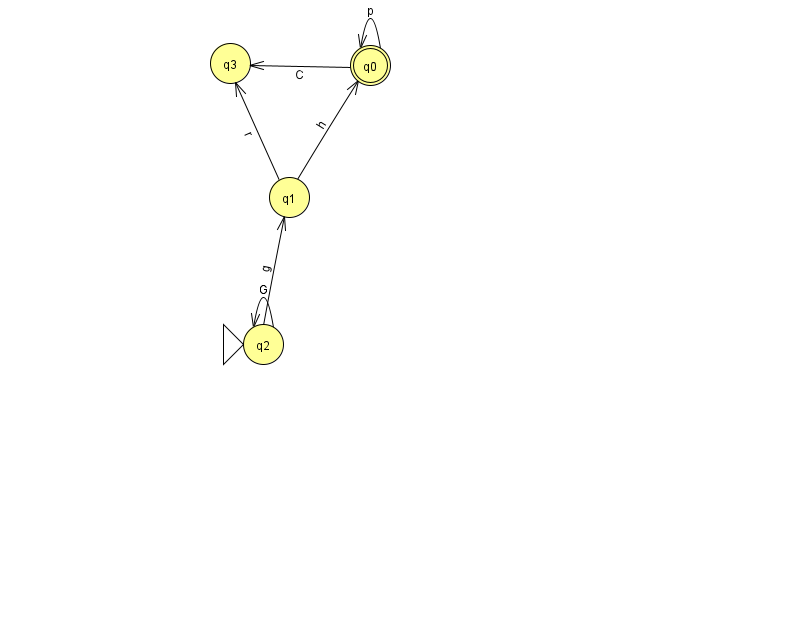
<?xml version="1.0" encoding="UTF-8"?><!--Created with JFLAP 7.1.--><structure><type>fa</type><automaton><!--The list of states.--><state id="0" name="q0"><x>370.0</x><y>52.0</y><final/></state><state id="1" name="q1"><x>289.0</x><y>184.0</y></state><state id="2" name="q2"><x>263.0</x><y>331.0</y><initial/></state><state id="3" name="q3"><x>230.0</x><y>50.0</y></state><!--The list of transitions.--><transition><from>0</from><to>0</to><read>p</read></transition><transition><from>0</from><to>3</to><read>C</read></transition><transition><from>1</from><to>0</to><read>h</read></transition><transition><from>2</from><to>1</to><read>g</read></transition><transition><from>2</from><to>2</to><read>G</read></transition><transition><from>1</from><to>3</to><read>r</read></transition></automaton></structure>